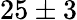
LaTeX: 25\pm 3